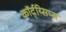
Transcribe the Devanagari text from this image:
कॉर्द्य्सिप्स